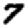
Digit: 7